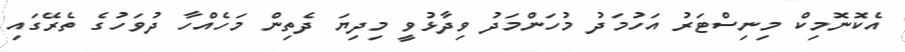
އެކޮނޮމިކް މިނިސްޓަރު އަހުމަދު މުހަންމަދު ވިދާޅުވީ މިދިޔަ ދެތިން މަހެއްހާ ދުވަހުގެ ތެރޭގައި